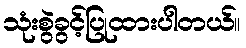
သုံးစွဲခွင့်ပြုထားပါတယ်။